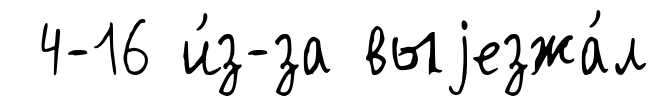
4-16 и́з-за выjезжа́л